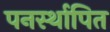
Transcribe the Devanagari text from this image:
पनर्स्थापित